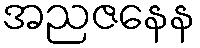
အညဇနေန